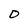
Character: O